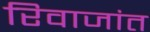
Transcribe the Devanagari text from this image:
रिवाजांत